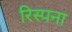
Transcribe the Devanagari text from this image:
रिस्पना